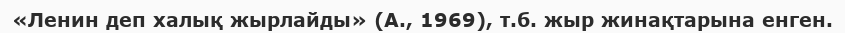
«Ленин деп халық жырлайды» (А., 1969), т.б. жыр жинақтарына енген.